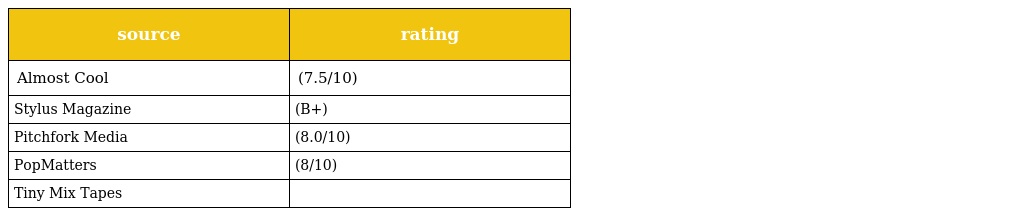
| source | rating |
 | --- | --- |
 | Almost Cool | (7.5/10) |
 | Stylus Magazine | (B+) |
 | Pitchfork Media | (8.0/10) |
 | PopMatters | (8/10) |
 | Tiny Mix Tapes |  |